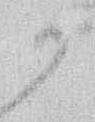
か